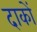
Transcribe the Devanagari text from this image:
दाकों